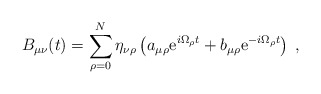
\begin{align*}B_{\mu\nu}(t)=\sum_{\rho=0}^N\eta_{\nu\rho}\left(a_{\mu\rho}{\rm e}^{i\Omega_\rho t}+b_{\mu\rho}{\rm e}^{-i\Omega_\rho t}\right)\;,\end{align*}